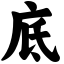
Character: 底